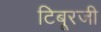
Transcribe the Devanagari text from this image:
टिबूरजी